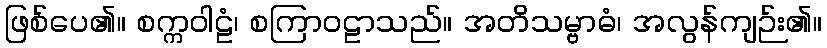
ဖြစ်ပေ၏။ စက္ကဝါဠံ၊ စကြာဝဠာသည်။ အတိသမ္ဗာဓံ၊ အလွန်ကျဉ်း၏။